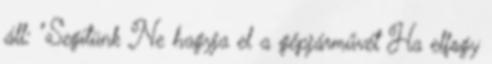
áll: "Segítünk Ne hagyja el a gépjárművét Ha elfogy